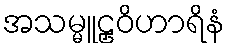
အသမ္မူဠှဝိဟာရိနံ